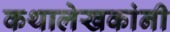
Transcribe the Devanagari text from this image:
कथालेखकांनी